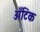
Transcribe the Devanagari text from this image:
अँटिक